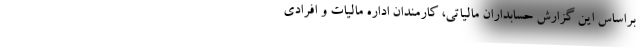
براساس این گزارش حسابداران مالیاتی، کارمندان اداره مالیات و افرادی